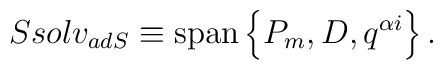
Ssolv_{adS} \equiv \mbox{span} \left\{ P_m, D, q^{\alpha i} \right\}.